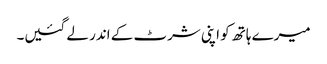
میرے ہاتھ کو اپنی شرٹ کے اندر لے گئیں۔